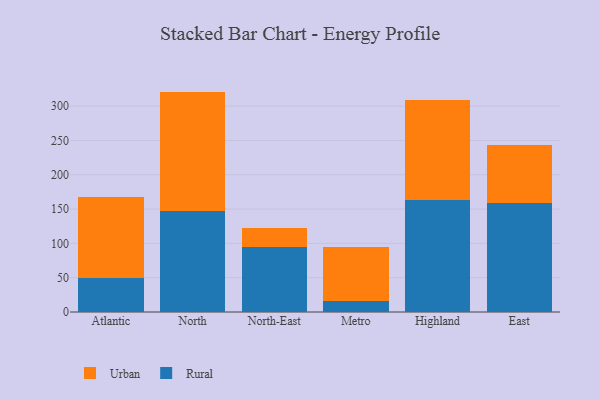
{"axis": {"x": "Region", "y": "Inventory Turnover"}, "legend": ["Rural", "Urban"], "data": [{"x": "Atlantic", "y": 49.9, "type": "Rural"}, {"x": "Atlantic", "y": 118.0, "type": "Urban"}, {"x": "North", "y": 147.8, "type": "Rural"}, {"x": "North", "y": 173.4, "type": "Urban"}, {"x": "North-East", "y": 94.1, "type": "Rural"}, {"x": "North-East", "y": 29.0, "type": "Urban"}, {"x": "Metro", "y": 16.1, "type": "Rural"}, {"x": "Metro", "y": 78.3, "type": "Urban"}, {"x": "Highland", "y": 162.7, "type": "Rural"}, {"x": "Highland", "y": 146.2, "type": "Urban"}, {"x": "East", "y": 159.2, "type": "Rural"}, {"x": "East", "y": 83.5, "type": "Urban"}]}